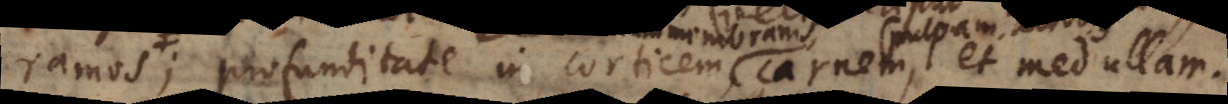
truncum,; profunditate in corticem , carnem, et medullam.